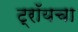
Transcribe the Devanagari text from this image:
ट्रॉयचा